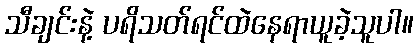
သီချင်းနဲ့ ပရိသတ်ရင်ထဲနေရာယူခဲ့သူပါ။